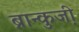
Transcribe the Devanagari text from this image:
ब्रान्कुजी़